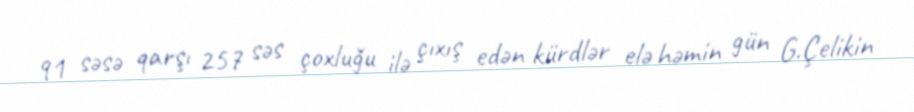
91 səsə qarşı 257 səs çoxluğu ilə çıxış edən kürdlər elə həmin gün G.Çelikin